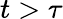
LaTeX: t>\tau